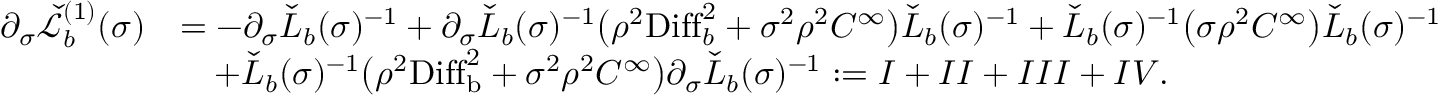
\begin{array} { r l } { \partial _ { \sigma } \check { \mathcal { L } } _ { b } ^ { ( 1 ) } ( \sigma ) } & { = - \partial _ { \sigma } \check { L } _ { b } ( \sigma ) ^ { - 1 } + \partial _ { \sigma } \check { L } _ { b } ( \sigma ) ^ { - 1 } \big ( \rho ^ { 2 } \mathrm { D i f f } _ { b } ^ { 2 } + \sigma ^ { 2 } \rho ^ { 2 } C ^ { \infty } \big ) \check { L } _ { b } ( \sigma ) ^ { - 1 } + \check { L } _ { b } ( \sigma ) ^ { - 1 } \big ( \sigma \rho ^ { 2 } C ^ { \infty } \big ) \check { L } _ { b } ( \sigma ) ^ { - 1 } } \\ & { \quad + \check { L } _ { b } ( \sigma ) ^ { - 1 } \big ( \rho ^ { 2 } \mathrm { D i f f } _ { \mathrm { b } } ^ { 2 } + \sigma ^ { 2 } \rho ^ { 2 } C ^ { \infty } \big ) \partial _ { \sigma } \check { L } _ { b } ( \sigma ) ^ { - 1 } : = \MakeUppercase { \romannumeral 1 } + \MakeUppercase { \romannumeral 2 } + \MakeUppercase { \romannumeral 3 } + \MakeUppercase { \romannumeral 4 } . } \end{array}